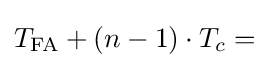
T_{\text{FA}}+(n-1)\cdot T_{c}=